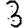
Digit: 3